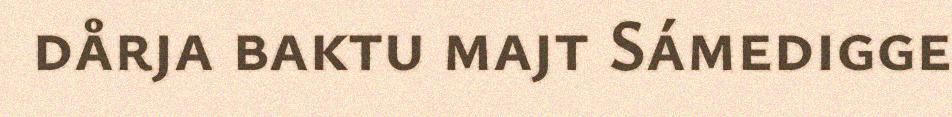
dårja baktu majt Sámedigge